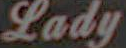
Lady